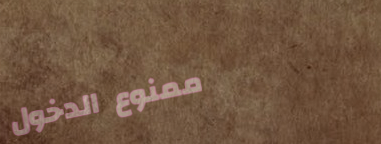
ممنوع الدخول